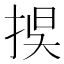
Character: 捑